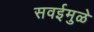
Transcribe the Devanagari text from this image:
सवईमुळे